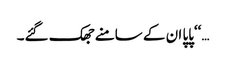
…‘‘پاپا ان کے سامنے جھک گئے۔